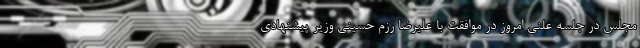
مجلس در جلسه علنی امروز در موافقت با علیرضا رزم حسینی وزیر پیشنهادی